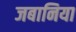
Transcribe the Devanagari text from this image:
जबानिया